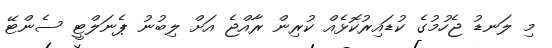
މި ލަނޑު ޖެހުމުގެ ކުޑައިރުކޮޅެއް ކުރިން ރާއްޖެ އަށް ލިބުނު ޕެނަލްޓީ ސެންޓޭ